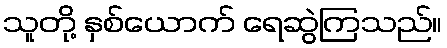
သူတို့ နှစ်ယောက် ရေဆွဲကြသည်။